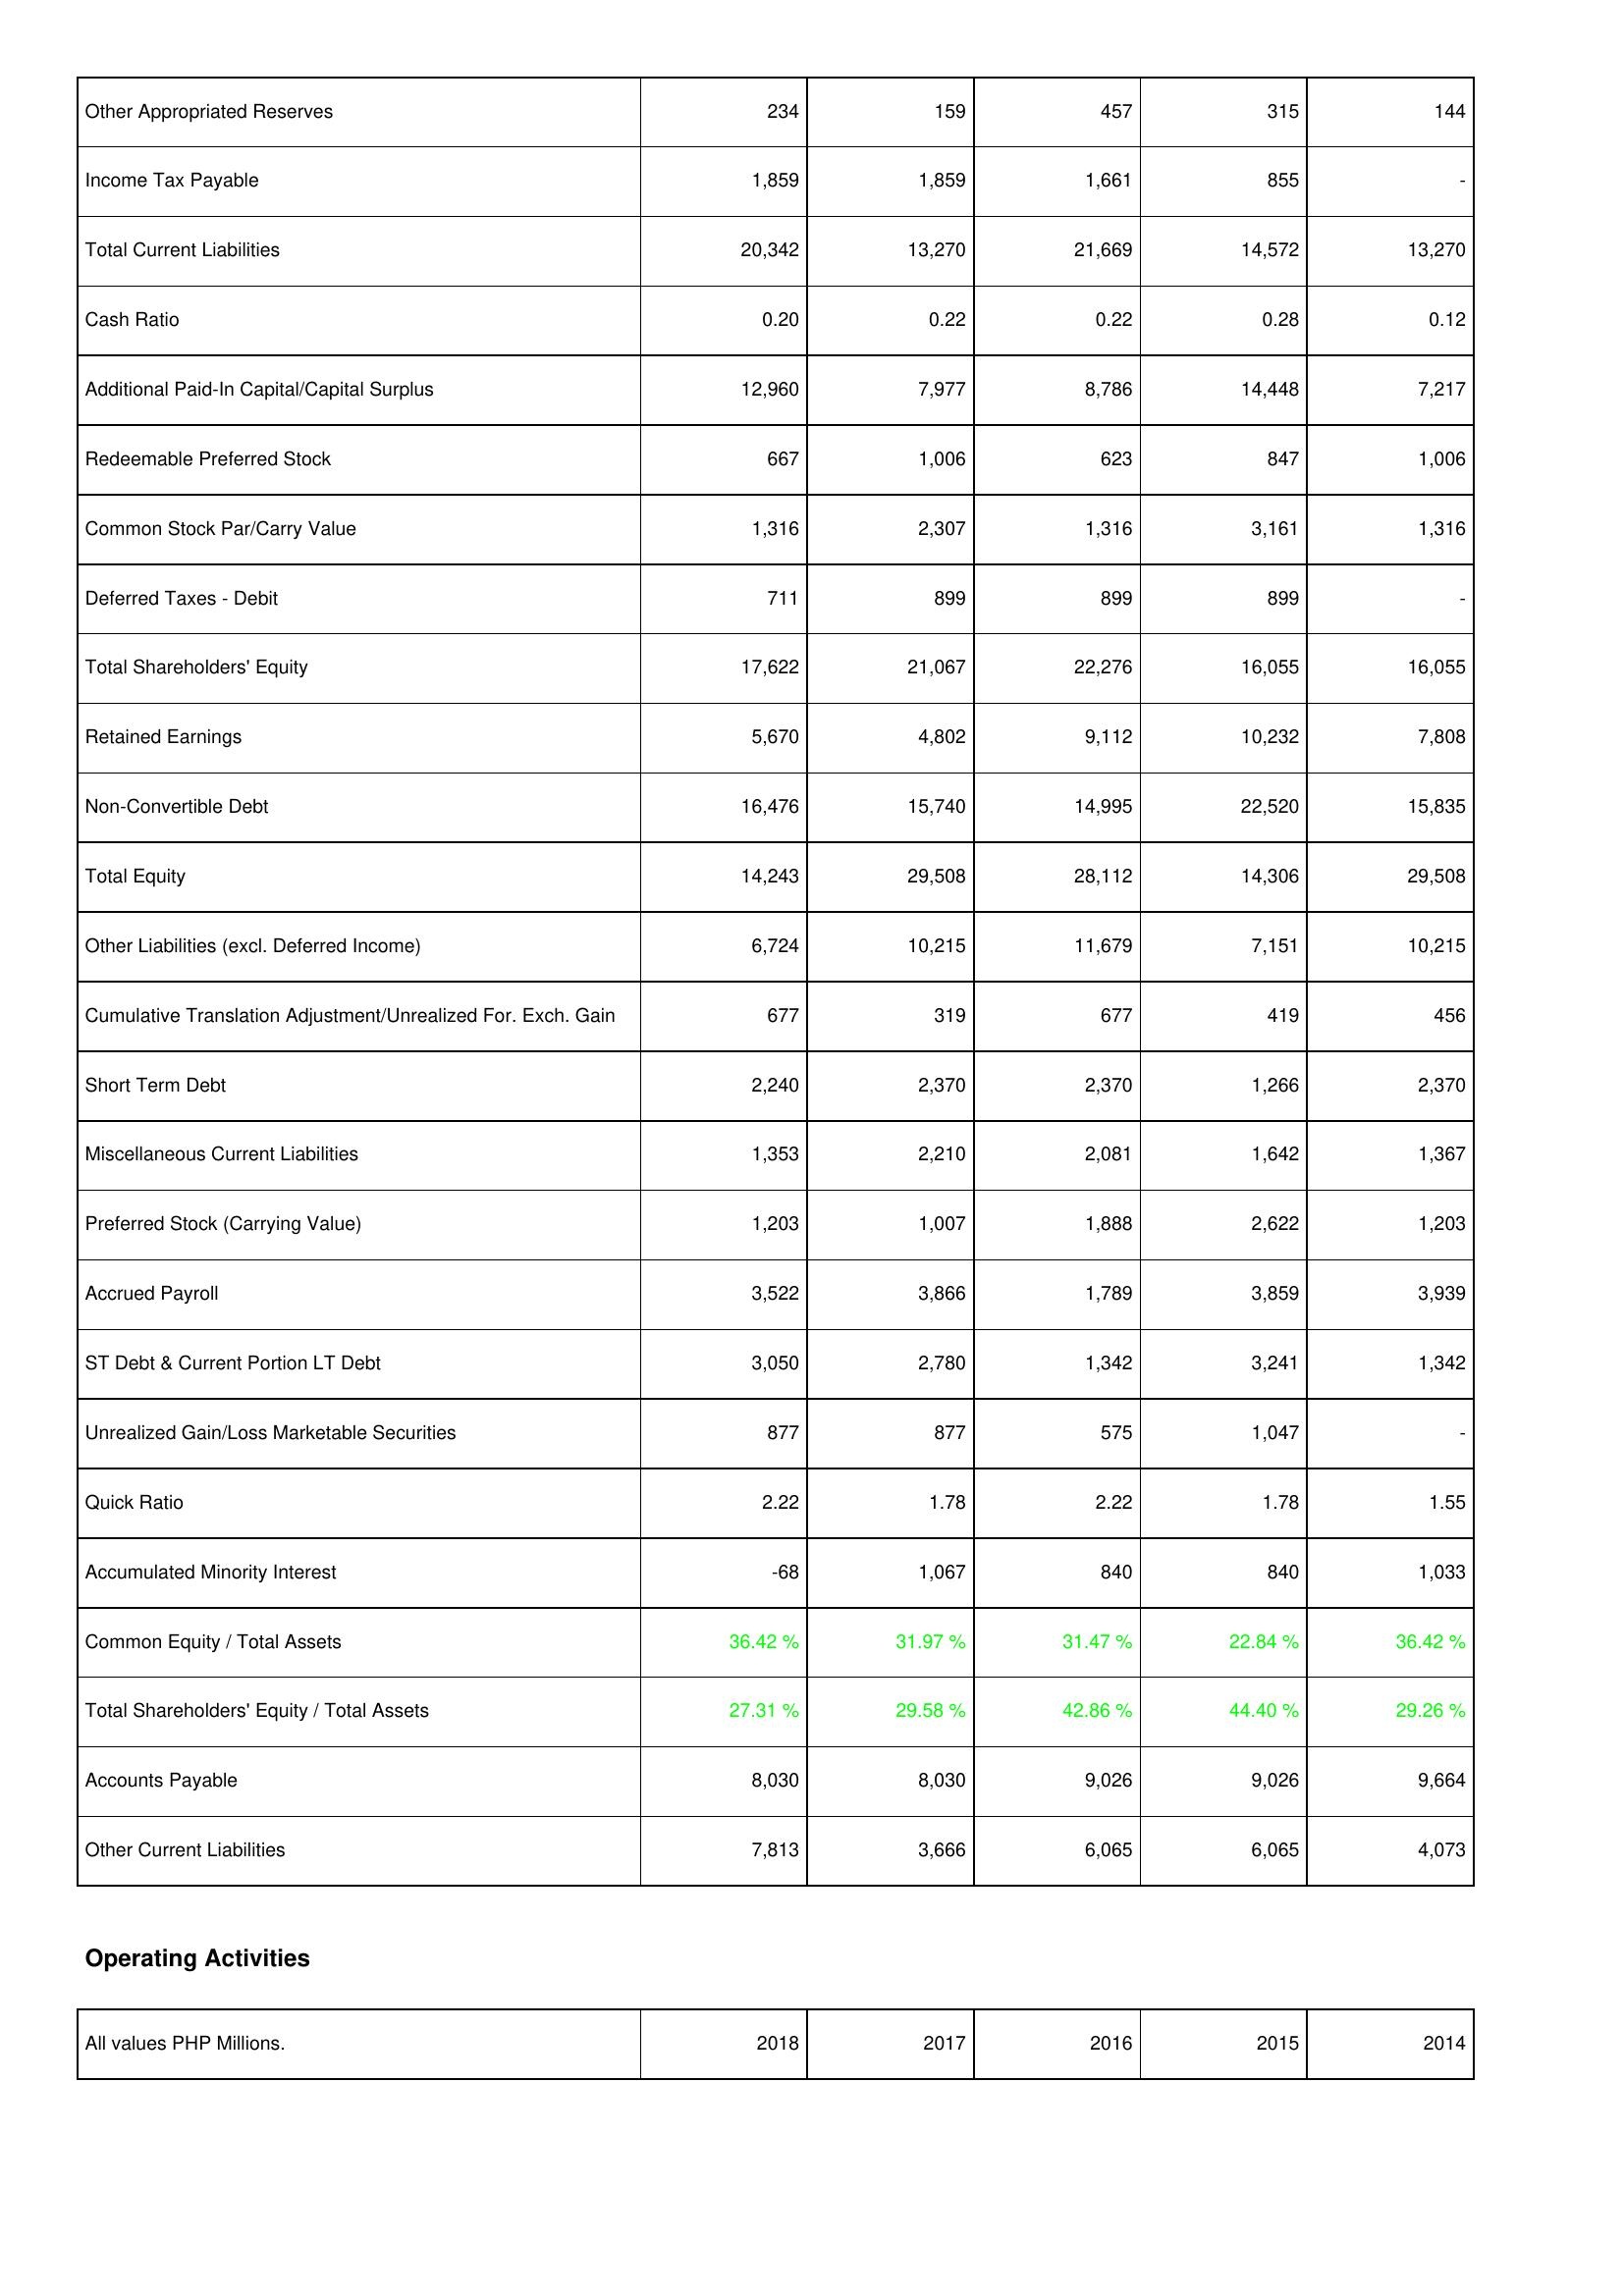
2018: Liabilities & Shareholders' Equity: Other Appropriated Reserves: 234
Income Tax Payable: 1,859
Total Current Liabilities: 20,342
Cash Ratio: 0.20
Additional Paid-In Capital/Capital Surplus: 12,960
Redeemable Preferred Stock: 667
Common Stock Par/Carry Value: 1,316
Deferred Taxes - Debit: 711
Total Shareholders' Equity: 17,622
Retained Earnings: 5,670
Non-Convertible Debt: 16,476
Total Equity: 14,243
Other Liabilities (excl. Deferred Income): 6,724
Cumulative Translation Adjustment/Unrealized For. Exch. Gain: 677
Short Term Debt: 2,240
Miscellaneous Current Liabilities: 1,353
Preferred Stock (Carrying Value): 1,203
Accrued Payroll: 3,522
ST Debt & Current Portion LT Debt: 3,050
Unrealized Gain/Loss Marketable Securities: 877
Quick Ratio: 2.22
Accumulated Minority Interest: -68
Common Equity / Total Assets: 36.42 %
Total Shareholders' Equity / Total Assets: 27.31 %
Accounts Payable: 8,030
Other Current Liabilities: 7,813
2017: Liabilities & Shareholders' Equity: Other Appropriated Reserves: 159
Income Tax Payable: 1,859
Total Current Liabilities: 13,270
Cash Ratio: 0.22
Additional Paid-In Capital/Capital Surplus: 7,977
Redeemable Preferred Stock: 1,006
Common Stock Par/Carry Value: 2,307
Deferred Taxes - Debit: 899
Total Shareholders' Equity: 21,067
Retained Earnings: 4,802
Non-Convertible Debt: 15,740
Total Equity: 29,508
Other Liabilities (excl. Deferred Income): 10,215
Cumulative Translation Adjustment/Unrealized For. Exch. Gain: 319
Short Term Debt: 2,370
Miscellaneous Current Liabilities: 2,210
Preferred Stock (Carrying Value): 1,007
Accrued Payroll: 3,866
ST Debt & Current Portion LT Debt: 2,780
Unrealized Gain/Loss Marketable Securities: 877
Quick Ratio: 1.78
Accumulated Minority Interest: 1,067
Common Equity / Total Assets: 31.97 %
Total Shareholders' Equity / Total Assets: 29.58 %
Accounts Payable: 8,030
Other Current Liabilities: 3,666
2016: Liabilities & Shareholders' Equity: Other Appropriated Reserves: 457
Income Tax Payable: 1,661
Total Current Liabilities: 21,669
Cash Ratio: 0.22
Additional Paid-In Capital/Capital Surplus: 8,786
Redeemable Preferred Stock: 623
Common Stock Par/Carry Value: 1,316
Deferred Taxes - Debit: 899
Total Shareholders' Equity: 22,276
Retained Earnings: 9,112
Non-Convertible Debt: 14,995
Total Equity: 28,112
Other Liabilities (excl. Deferred Income): 11,679
Cumulative Translation Adjustment/Unrealized For. Exch. Gain: 677
Short Term Debt: 2,370
Miscellaneous Current Liabilities: 2,081
Preferred Stock (Carrying Value): 1,888
Accrued Payroll: 1,789
ST Debt & Current Portion LT Debt: 1,342
Unrealized Gain/Loss Marketable Securities: 575
Quick Ratio: 2.22
Accumulated Minority Interest: 840
Common Equity / Total Assets: 31.47 %
Total Shareholders' Equity / Total Assets: 42.86 %
Accounts Payable: 9,026
Other Current Liabilities: 6,065
2015: Liabilities & Shareholders' Equity: Other Appropriated Reserves: 315
Income Tax Payable: 855
Total Current Liabilities: 14,572
Cash Ratio: 0.28
Additional Paid-In Capital/Capital Surplus: 14,448
Redeemable Preferred Stock: 847
Common Stock Par/Carry Value: 3,161
Deferred Taxes - Debit: 899
Total Shareholders' Equity: 16,055
Retained Earnings: 10,232
Non-Convertible Debt: 22,520
Total Equity: 14,306
Other Liabilities (excl. Deferred Income): 7,151
Cumulative Translation Adjustment/Unrealized For. Exch. Gain: 419
Short Term Debt: 1,266
Miscellaneous Current Liabilities: 1,642
Preferred Stock (Carrying Value): 2,622
Accrued Payroll: 3,859
ST Debt & Current Portion LT Debt: 3,241
Unrealized Gain/Loss Marketable Securities: 1,047
Quick Ratio: 1.78
Accumulated Minority Interest: 840
Common Equity / Total Assets: 22.84 %
Total Shareholders' Equity / Total Assets: 44.40 %
Accounts Payable: 9,026
Other Current Liabilities: 6,065
2014: Liabilities & Shareholders' Equity: Other Appropriated Reserves: 144
Income Tax Payable: -
Total Current Liabilities: 13,270
Cash Ratio: 0.12
Additional Paid-In Capital/Capital Surplus: 7,217
Redeemable Preferred Stock: 1,006
Common Stock Par/Carry Value: 1,316
Deferred Taxes - Debit: -
Total Shareholders' Equity: 16,055
Retained Earnings: 7,808
Non-Convertible Debt: 15,835
Total Equity: 29,508
Other Liabilities (excl. Deferred Income): 10,215
Cumulative Translation Adjustment/Unrealized For. Exch. Gain: 456
Short Term Debt: 2,370
Miscellaneous Current Liabilities: 1,367
Preferred Stock (Carrying Value): 1,203
Accrued Payroll: 3,939
ST Debt & Current Portion LT Debt: 1,342
Unrealized Gain/Loss Marketable Securities: -
Quick Ratio: 1.55
Accumulated Minority Interest: 1,033
Common Equity / Total Assets: 36.42 %
Total Shareholders' Equity / Total Assets: 29.26 %
Accounts Payable: 9,664
Other Current Liabilities: 4,073